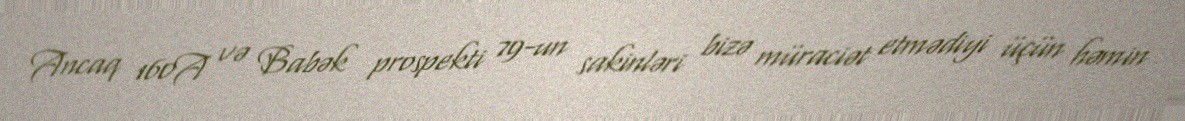
Ancaq 160A və Babək prospekti 79-un sakinləri bizə müraciət etmədiyi üçün həmin